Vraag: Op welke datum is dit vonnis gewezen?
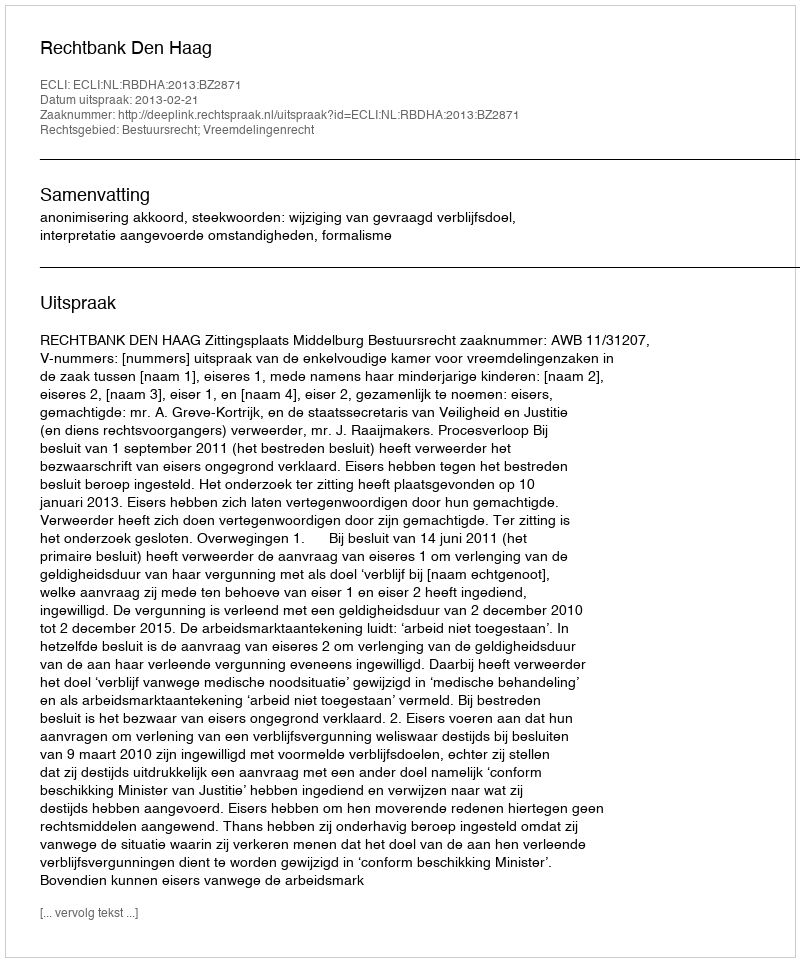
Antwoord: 2013-02-21